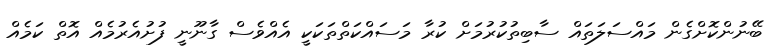
ބޭނުންކޮށްގެން މައްސަލަތައް ސާބިތުކުރުމަށް ކުރާ މަސައްކަތްތަކަކީ އެއްވެސް ގާނޫނީ ފުށުއެރުމެއް އޮތް ކަމެއް